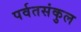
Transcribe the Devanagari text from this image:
पर्वतसंकुल